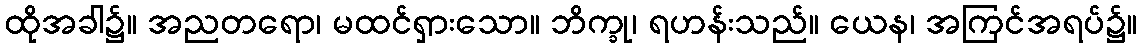
ထိုအခါ၌။ အညတရော၊ မထင်ရှားသော။ ဘိက္ခု၊ ရဟန်းသည်။ ယေန၊ အကြင်အရပ်၌။